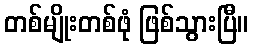
တစ်မျိုးတစ်ဖုံ ဖြစ်သွားပြီ။